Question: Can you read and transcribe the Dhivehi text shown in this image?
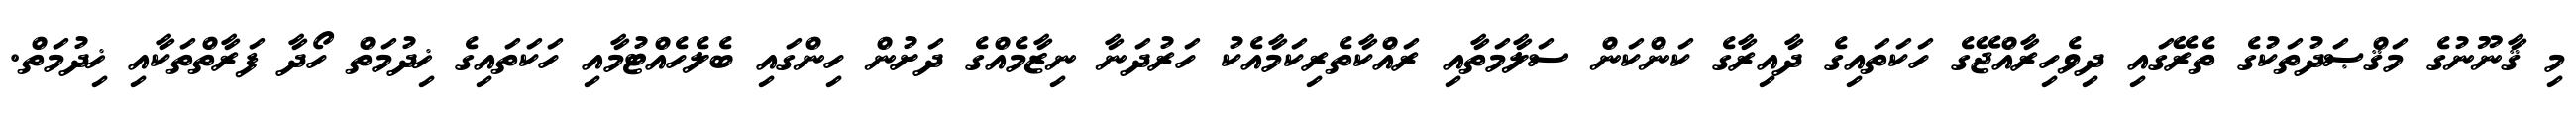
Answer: މި ޤާނޫނުގެ މަޤްޞަދުތަކުގެ ތެރޭގައި ދިވެހިރާއްޖޭގެ ހަކަތައިގެ ދާއިރާގެ ކަންކަން ސަލާމަތާއި ރައްކާތެރިކަމާއެކު ހަރުދަނާ ނިޒާމެއްގެ ދަށުން ހިންގައި ބެލެހެއްޓުމާއި ހަކަތައިގެ ޚިދުމަތް ހޯދާ ފަރާތްތަކާއި ޚިދުމަތް.